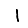
Digit: 1